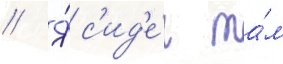
// Я́ с'ид'е́л та́м